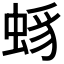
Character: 𧋈